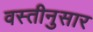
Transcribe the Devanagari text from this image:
वस्तीनुसार